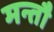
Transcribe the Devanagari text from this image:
मन्तौ